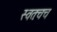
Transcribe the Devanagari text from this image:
स्वतःचच